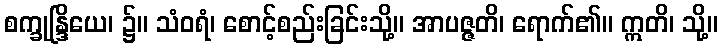
စက္ခုန္ဒြိယေ၊ ၌။ သံဝရံ၊ စောင့်စည်းခြင်းသို့။ အာပဇ္ဇတိ၊ ရောက်၏။ ဣတိ၊ သို့။